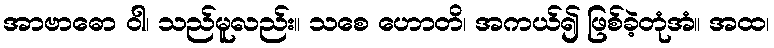
အာဗာဓော ဝါ၊ သည်မူလည်း။ သစေ ဟောတိ၊ အကယ်၍ ဖြစ်ခဲ့တုံအံ။ အထ၊